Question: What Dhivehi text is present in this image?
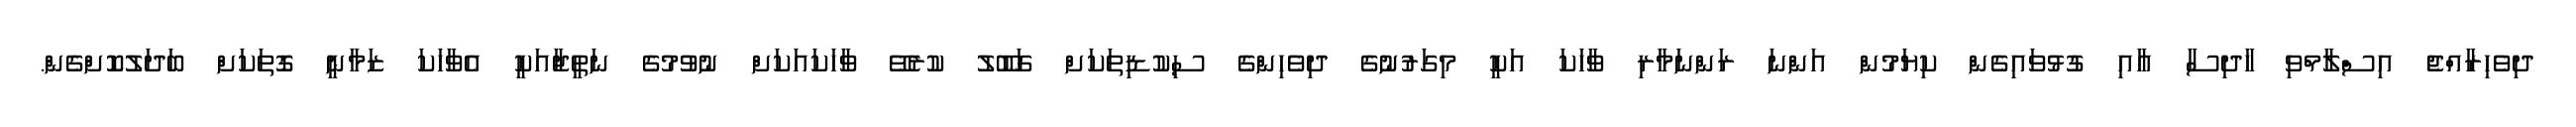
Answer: ދިވެހިރާއްޖެ އިސްލާމްވި ހާދިސާ އާއި ގުޅުވައިގެން ކިޔަމުން އަންނަ ރަންނަމާރި ވާހަކަ އަކީ މިގަރުނުގެ ދިވެހިންގެ ސިކުޑިތަކަށް ގަބޫލު ކުރެވޭ ވާހަކައަކަށް ނުވުމުގެ ނަތީޖާއަކީ އެވާހަކަ ޒަމާނީ ގޮތަކަށް ބަދަލުކޮށްގެން.